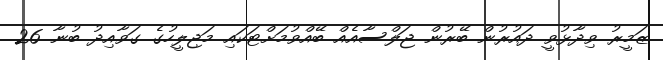
ޒަމީރު ވިދާޅުވީ ދައުރުން ބޭރުން ޖަލްސާއެއް ބޭއްވުމަށްޓަކައި މަޖިލީހުގެ ގަވާއިދު ބުނާ 26